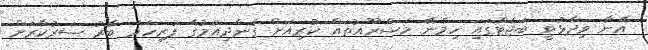
އޭނާ ވިދާޅުވީ ބަޖެޓްގައި ހިމެނޭ މަޝްރޫއުތައް ކުރިއަށް ގެންދިއުމުގެ ފުރިހަމަ ބާރު ސަރުކާރަށް